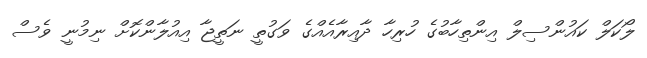
ލޯކަލް ކައުންސިލް އިންތިހާބުގެ ހުރިހާ ދާއިރާއެއްގެ ވަގުތީ ނަތީޖާ އިއުލާންކޮށް ނިމުނީ ވެސް